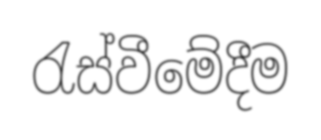
රැස්වීමේදීම